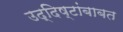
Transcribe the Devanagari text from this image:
उद्दिष्टांबाबत